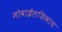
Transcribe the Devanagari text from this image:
मोबाईलशिवाय